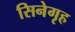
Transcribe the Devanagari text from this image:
सिनेगृह